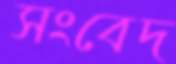
সংবেদ